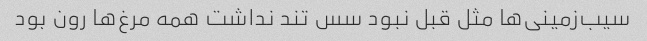
سیب‌زمینی‌ها مثل قبل نبود سس تند نداشت همه مرغ‌ها رون بود